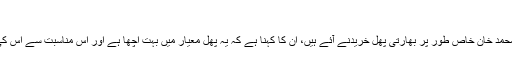
‘‘
اس دکان پر میاں محمد خان خاص طور پر بھارتی پھل خریدنے آئے ہیں، ان کا کہنا ہے کہ یہ پھل معیار میں بہت اچھا ہے اور اس مناسبت سے اس کی قمیت زیادہ نہیں۔